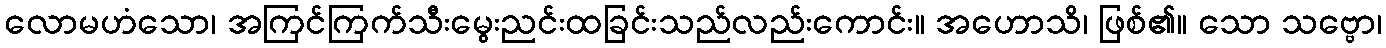
လောမဟံသော၊ အကြင်ကြက်သီးမွေးညင်းထခြင်းသည်လည်းကောင်း။ အဟောသိ၊ ဖြစ်၏။ သော သဗ္ဗော၊